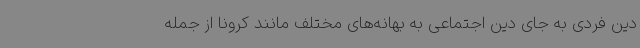
دین فردی به جای دین اجتماعی به بهانه‌های مختلف مانند کرونا از جمله